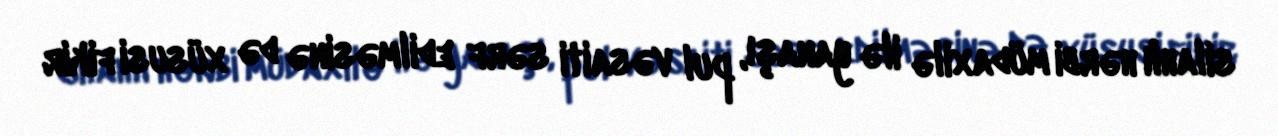
silahlı hərbi müdaxilə ilə yanaşı, pul vəsaiti sərf edilməsinə də xüsusi fikir